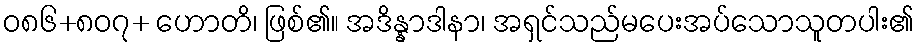
ဝ၈၆+၈၀၇+ ဟောတိ၊ ဖြစ်၏။ အဒိန္နာဒါနာ၊ အရှင်သည်မပေးအပ်သောသူတပါး၏